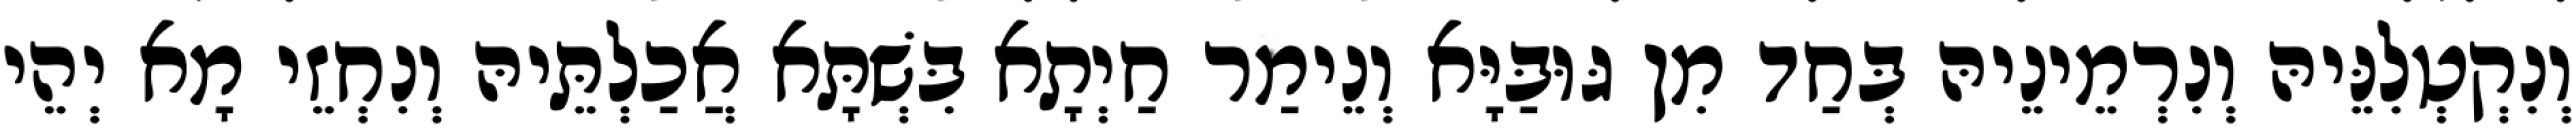
וְנִקְטְלִנֵּיהּ וְנִרְמֵינֵיהּ בְּחַד מִן גּוּבַּיָּא וְנֵימַר חַיְתָא בִּשְׁתָּא אֲכַלְתֵּיהּ וְנִחְזֵי מָא יְהֵי